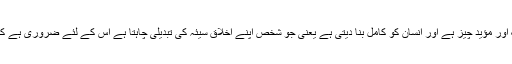
’’توبہ دراصل حصول اخلاق کے لئے بڑی محرک اور مؤیّد چیز ہے اور انسان کو کامل بنا دیتی ہے یعنی جو شخص اپنے اخلاق سیئہ کی تبدیلی چاہتا ہے اس کے لئے ضروری ہے کہ سچے دل اور پکے ارادے کے ساتھ توبہ کرے ۔